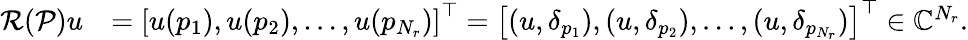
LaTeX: \begin{array}{rl}{\mathcal{R}(\mathcal{P})u}&{=\left[u(p_{1}),u(p_{2}),\ldots,u(p_{N_{r}})\right]^{\top}=\left[(u,\delta_{p_{1}}),(u,\delta_{p_{2}}),\ldots,(u,\delta_{p_{N_{r}}})\right]^{\top}\in\mathbb{C}^{N_{r}}.}\end{array}